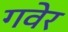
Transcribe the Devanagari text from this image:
गवेर